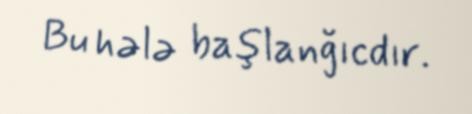
Bu hələ başlanğıcdır.